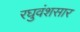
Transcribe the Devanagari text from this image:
रघुवंशसार